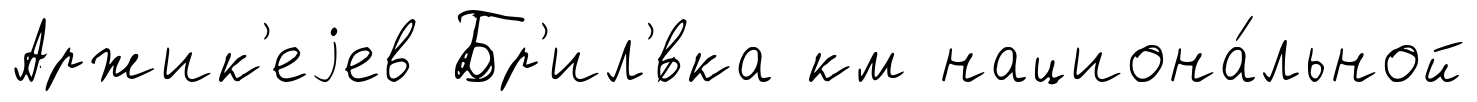
Аржик'еjев Бр'ил'́вка км национа́льной